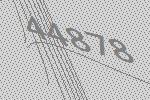
44878